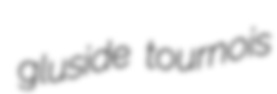
gluside tournois